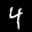
Label: 4